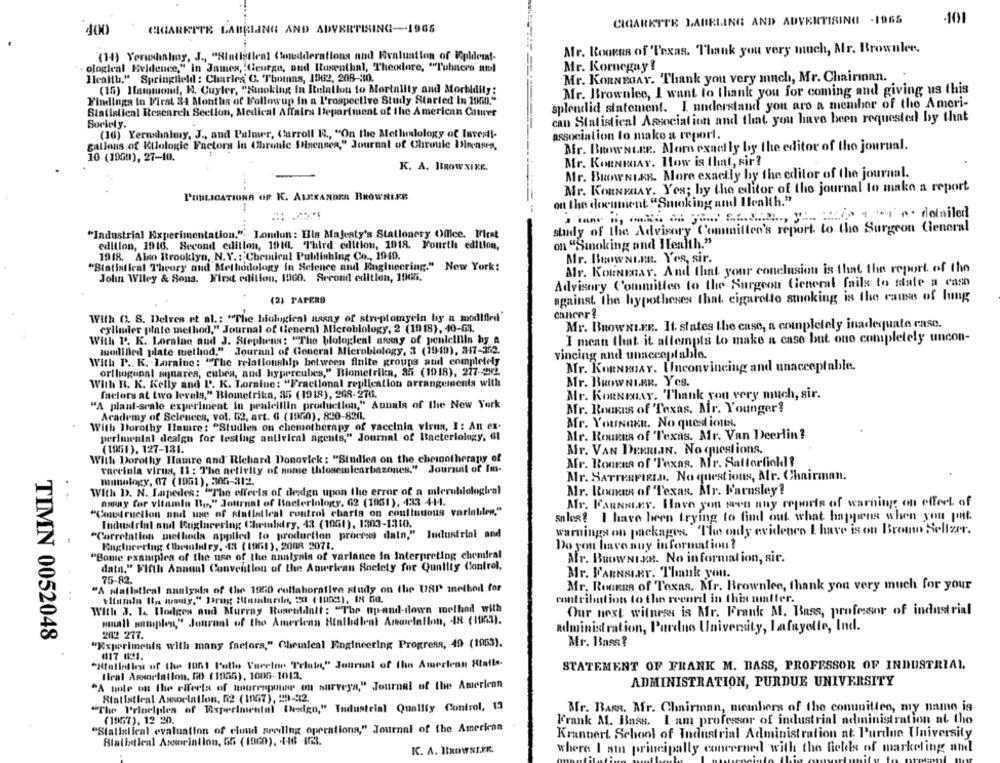
CIGARETTE LABELING AND ADVERTISING -1965
-101
400
CIGARETTE LABELING AND ADVERTISING-1965
Mr. BookEs of 'Texas. Thank you very much, Mr. Brownlee,
(14) Yerusinhoy, J ., "Sind
diral
Medderations nad Evaluation of Epleit-
ologieal Evidence," in James, Ceurge, and Rosenthal, Theodore, ""Tubacre atul
Mr. Kornegay ?
Mr. KORNEGAY. Thank you very much, Mr. Chairman.
Health," Springfield : Charles C. Thotnas, 1962, 208-330.
(15) Hamtuond, H. Cuyler, "Finoking In Itelallon to Mortality and Morbidily:
Mr. Brownlee, I want to thank you for coming and giving us this
Findings in First 34 Months of Followup In a l'rospective Study Started In 1900."
splendid statement. I understand you are a member of the Ameri-
Statistical Research Section, Medical Affairs Department of the American Guter
can Statistical Association and that you have been requested by that
Soviel y.
(16) Yerushalmy, J ., and Palmer, Carroll 14 ., "On the Methodology of Investi-
association to make a report.
gallons of Illologie Factors In Chronic Ssensea," Journal of Chroule Diseases,
Mr. BROWNLEE. Mora exactly by the editor of the journal.
10 (1950), 27-10.
Mr. KORNRAY. How is that, sir?
K. A. ItROWNIKE.
Mr. BROWNIER. More exactly by the editor of the journal.
Mr. KORNPAAY. Yes; by the editor of the journal to make a report
PUBLICATIONA OP K. ALEXANDER BROWNLKE
on the document "Smoking and Health."
study of the Advisory Committee's report to the Surgeon General
"Industrial Experimentation.", London : Els Majesty's Stationery Office. First
edition, 1916. Second edition, 1910. Third edition, 1918. Fourth edition,
on "Smoking and Health."
1918. Also Brooklyn, N.Y. : Chemical Publishing Co ., 1940.
Mr. BeowNI.FR. Yes, sir.
"Statistical Theory and Methodology in Science and Engineering." New York:
Mr. KOUNMGAY. And that your conclusion is that the report of the
John Wiley & Sons. First edition, 1900. Second edition, 1965.
Advisory Committee to the Surgeon General fails to state a caso
against the hypotheses that. cigarette smoking is the cause of lung
(2) PAPERS
With 0. 8. Delves et al .: "The biological nasay of streptomycin by a modified"
cancer?
cylinder plate method." Journal of tieneral Microbiology, 2 (19 18), 40-63.
Mr. BROWNLEE. It. states the case, a completely inadequate case.
With P. K. Loraine and J. Stephens: "The bologleal army of peniellila by a
I mean that it attempts to make a case but one completely uncon-
modified plate method." Journal of General Microbiology, 3 (1910), 317-352.
vincing and unacceptable.
With P .. K. Loraine: "The relationship between finite groups and completely
orthogonal squares, cubra, and hypercubes," Biometrika, 35 (1918), 277-242
Mr. KonNEGAY. Unconvincing and unacceptable.
Mr. BROWNLAR. Yes.
With R. K. Kelly and P. K. Loraine: "Fractional replication arrangeinenis with
faclors at two levels," Biometrika, 35 (1918), 268-274.
Mr. KonNenAY. "Thank you very much, sir.
"A plant-scale experiment in penicillin production," Annals of the New York
Mr. RookEs of Texas, Mr. Younger?
Academy of Selenees, vol. 62, art. 6 (1950), 820-8211.
With Dorothy Ilamre: "Studies on chemotherapy of vaccinia virus, I: An ex-
Mr. YouNaKR. No questions.
perimental design for testing antirical agents," Journal of Bacteriology, 61
Mr. Rourns of Texas. Mr. Van Deerlin?
(1951). 127-131.
Mr. VAN DERRIAN. No questions.
With Dorothy Hamre and' Richard Donovick : "Studies on the chemotherapy of
Mr. Ronena of Texas. Mr. Salferfickl?
vaccinla virus, 11 : The nelivity of some thosemicarbazanes."
Journal of Im-
munology, 07 (1951), 305-312.
Mr. SATTERFIELD. NO questions, Ar. Chairman.
With D. N. Lapedes: "The effects of design upon the error of a mlerublological
Mr. Roakus of Texas. Mr. F'arnsley?
napay for vitamin Bir," Journal of Bacteriology, 62 (1951), 433-4-14.
Mr. FARNELEY. Have you seen any reports of warning on offert of
"Contruction and use of stallatieal control charts on conliutous variables,"
sales? I have been trying to find out what happens when you put.
Industrial and Rugineering Chemistry, 43 (1051), 1303-1310.
"Correlation methods applied to production process dain," Judustrlal and
warnings on packages. The only evidence Ihave is on Bromo Seltzer.
Engineering (Themiary, 13 (1961), 2008 2071.
Do you have any information ?
"Some examples of the use of the analysis of varlance in Interpreting chemiral
Mr. BROWNI.E.R. No information, sir.
data." Fifth Annual Convention of the Anwrlean Society for Quality Control.
Mr. BARNSLEY. Thank you.
75-82.
"A Nalistleal analysis of the 1950 collaborative study on the USP method for
Mr. RoGERA of Texas. Mr. Brownlee, thank you very much for your
contributions to the record in this matter.
With 3. 1. Hodges and Murray Roseoldalt: "The np-and-down method with
Our next witness is Mr. Frank M. Bass, professor of industrial
plon" Journal of the American Halbdleal Arelation, 48 (1943).
administration, Pardno University, Lafayette, Ind.
TIMN 0052048
202-277.
Mr. Binss?
"Experiments with many factors," Chemical Engineering Progress, 49 (1953).
#17 1:21.
"Hlalinien of the 1061 Pollo Vueeine Trial," Journal of Ihin Amerlenn Stalle-
STATEMENT OF FRANK M. BASS, PROFESSOR OF INDUSTRIAL.
Ileal Assortatlon, KO (1955), 1005-1013.
A note on the effects of tourenpouse on surveya," Journal of the American
ADMINISTRATION, PURDUE UNIVERSITY
Statistical Association, 52 (1057), 29-92.
"The Principles of Experimental [haign," Industrial Quality Control, 13
Mr. BARS. Mr. Chairman, members of the conunitlee, my name is
(1977), 12 20.
Frank A. Blass.
I am professor of industrial administration al tho
"Statistical evaluation of cloud seeding operations," Journal of the American
Alalitical Assorintion, G5 (1960), 4-16 -1223.
Krannert School of Industrial Administration at Purdue University
where I atn principally concerned with the fields of marketing and
K. A. BROWNI.ER.